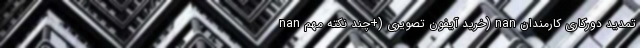
nan خرید آیفون تصویری (+چند نکته مهم) nan تمدید دورکاری کارمندان